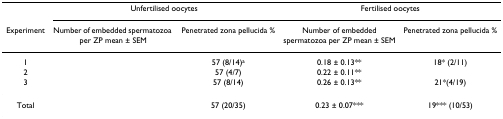
<table><thead><tr><td>[EMPTY_CELL]</td><td colspan="2"><b>Unfertilised oocytes</b></td><td colspan="2"><b>Fertilised oocytes</b></td></tr><tr><td><b>Experiment</b></td><td><b>Number of embedded spermatozoa per ZP mean ± SEM</b></td><td><b>Penetrated zona pellucida %</b></td><td><b>Number of embedded spermatozoa per ZP mean ± SEM</b></td><td><b>Penetrated zona pellucida %</b></td></tr></thead><tbody><tr><td>1</td><td>[EMPTY_CELL]</td><td>57 (8/14)<sup>a</sup></td><td>0.18 ± 0.13**</td><td>18* (2/11)</td></tr><tr><td>2</td><td>[EMPTY_CELL]</td><td>57 (4/7)</td><td>0.22 ± 0.11**</td><td>[EMPTY_CELL]</td></tr><tr><td>3</td><td>[EMPTY_CELL]</td><td>57 (8/14)</td><td>0.26 ± 0.13**</td><td>21*(4/19)</td></tr><tr><td>Total</td><td>[EMPTY_CELL]</td><td>57 (20/35)</td><td>0.23 ± 0.07***</td><td>19*** (10/53)</td></tr></tbody></table>